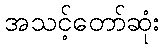
အသင့်တော်ဆုံး